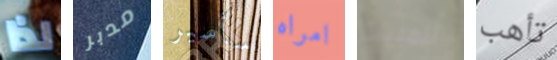
لذا مدبر سأسير امراه للمبيت تأهب